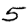
Digit: 5